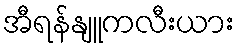
အီရန်နျူကလီးယား